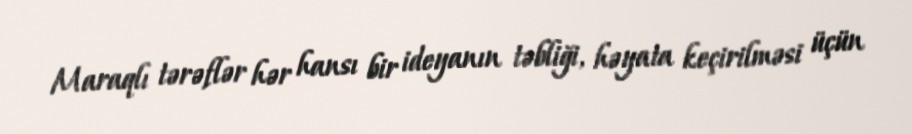
Maraqlı tərəflər hər hansı bir ideyanın təbliği, həyata keçirilməsi üçün